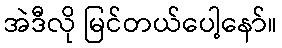
အဲဒီလို မြင်တယ်ပေါ့နော်။